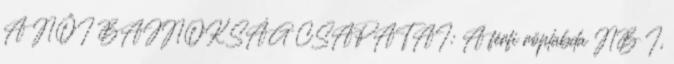
A NŐI BAJNOKSÁG CSAPATAI: A férfi röplabda NB I,